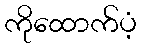
ကိုထောက်ပံ့